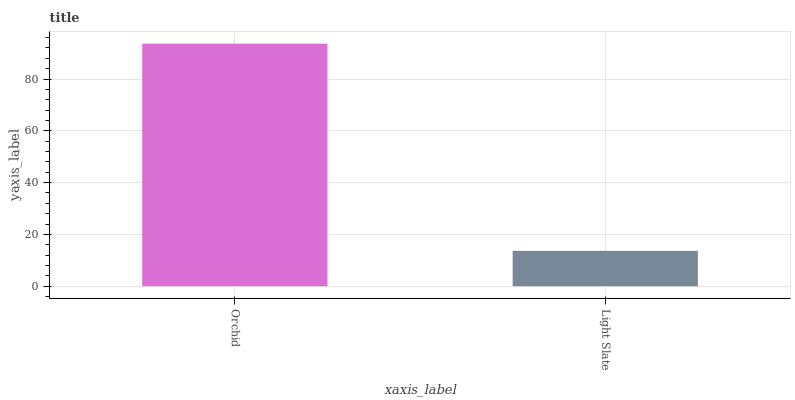
| xaxis_label | bars |
 | --- | --- |
 | Orchid | 93.7 |
 | Light Slate | 13.7 |